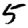
Digit: 5